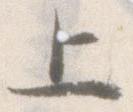
上